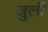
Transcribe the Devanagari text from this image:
ज़ुली